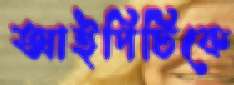
আইপিটিকে